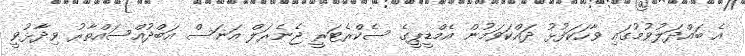
އެ ބައްދަލުވުމުގައި ވާހަކަފުޅު ދައްކަވަމުން އެމްޑީޕީގެ ސެކްރެޓަރީ ޖެނެރަލް އަނަސް އަބްދުއްސައްތާރު ވިދާޅުވީ